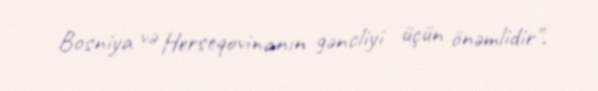
Bosniya və Herseqovinanın gəncliyi üçün önəmlidir".